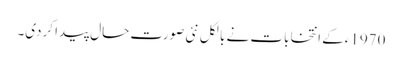
1970ءکے انتخابات نے بالکل نئی صورت حال پیدا کردی۔